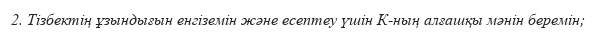
2. Тізбектің ұзындығын енгіземін және есептеу үшін К-ның алғашқы мәнін беремін;